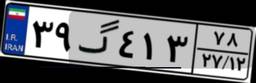
۳۹گ۴۱۳۷۸